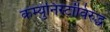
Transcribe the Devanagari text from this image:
कम्युनिस्टांविरुद्ध